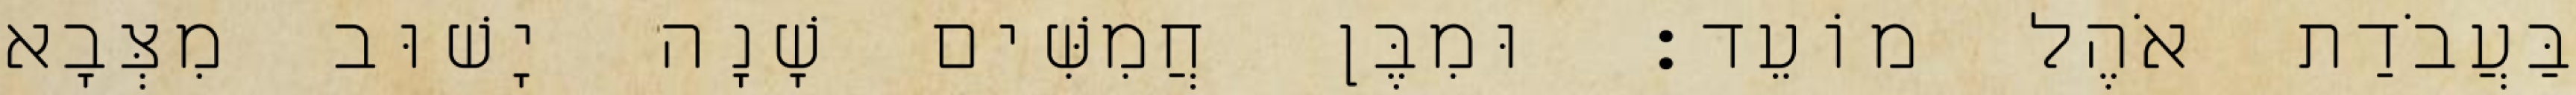
בַּעֲבֹדַת אֹהֶל מוֹעֵד׃ וּמִבֶּן חֲמִשִּׁים שָׁנָה יָשׁוּב מִצְּבָא